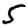
Digit: 5